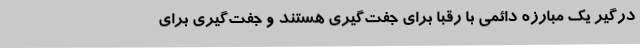
درگیر یک مبارزه دائمی با رقبا برای جفت‌گیری هستند و جفت‌گیری برای